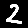
Digit: 2